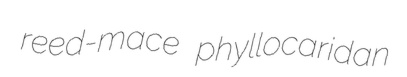
reed-mace phyllocaridan